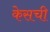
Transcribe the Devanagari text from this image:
केसची